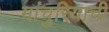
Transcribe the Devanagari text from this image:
मांचुरियाची